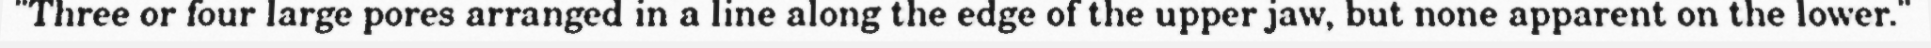
"Three or four large pores arranged in a line along the edge of the upper jaw, but none apparent on the lower."